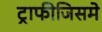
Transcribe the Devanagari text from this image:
ट्राफीजिसमे